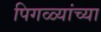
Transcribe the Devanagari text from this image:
पिगळ्यांच्या